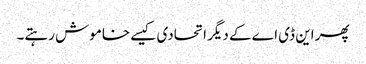
پھر این ڈی اے کے دیگر اتحادی کیسے خاموش رہتے۔